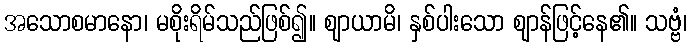
အသောစမာနော၊ မစိုးရိမ်သည်ဖြစ်၍။ ဈာယာမိ၊ နှစ်ပါးသော ဈာန်ဖြင့်နေ၏။ သဗ္ဗံ၊